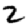
Digit: 2